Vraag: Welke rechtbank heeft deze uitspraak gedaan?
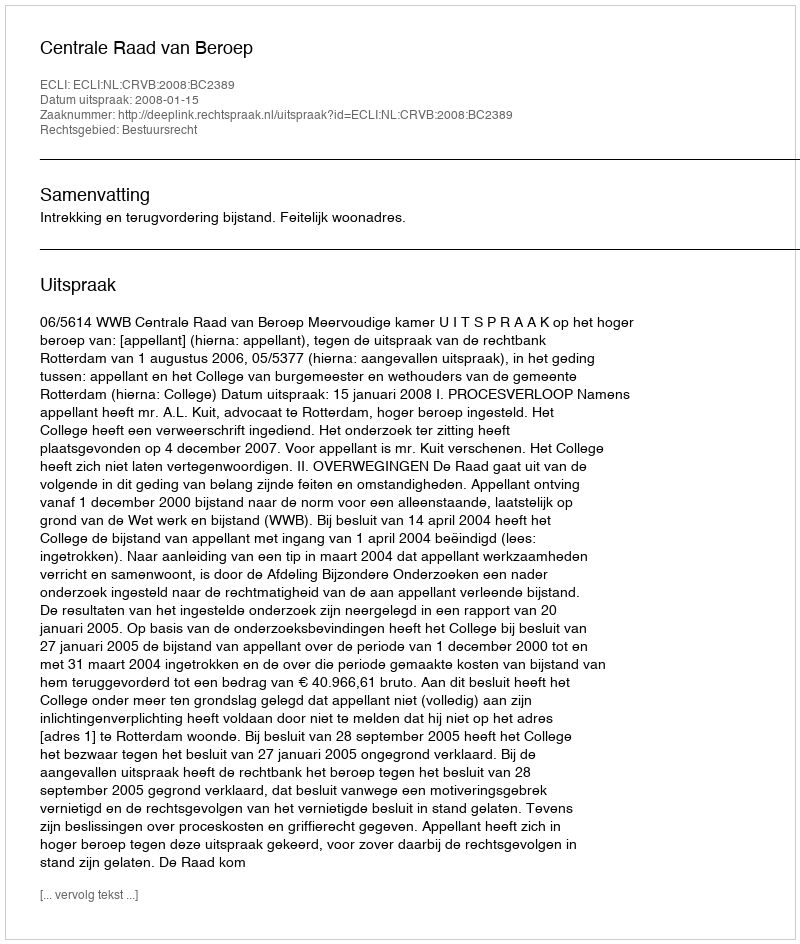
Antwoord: Centrale Raad van Beroep